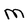
Character: M